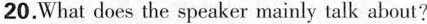
20. What does the speaker mainly talk about?